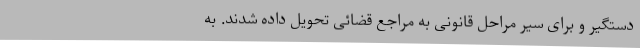
دستگیر و برای سیر مراحل قانونی به مراجع قضائی تحویل داده شدند. به